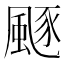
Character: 𩗛